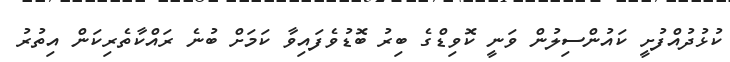
ކުޅުދުއްފުށީ ކައުންސިލުން ވަނީ ކޮވިޑްގެ ބިރު ބޮޑުވެފައިވާ ކަމަށް ބުނެ ރައްކާތެރިކަން އިތުރު